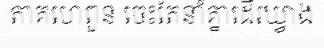
តាគហេពួន ចេះតែនាំគ្នាដើរឃ្វាង